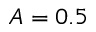
A = 0 . 5